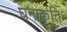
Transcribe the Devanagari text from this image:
घनाकृति